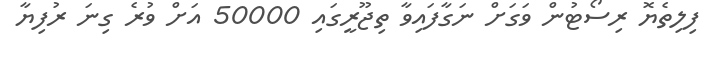
ފިލިތެޔޮ ރިސޯޓުން ވަގަށް ނަގާފައިވާ ތިޖޫރީގައި 50000 އަށް ވުރެ ގިނަ ރުފިޔާ